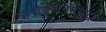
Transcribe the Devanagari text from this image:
नारायणननेसुद्धा